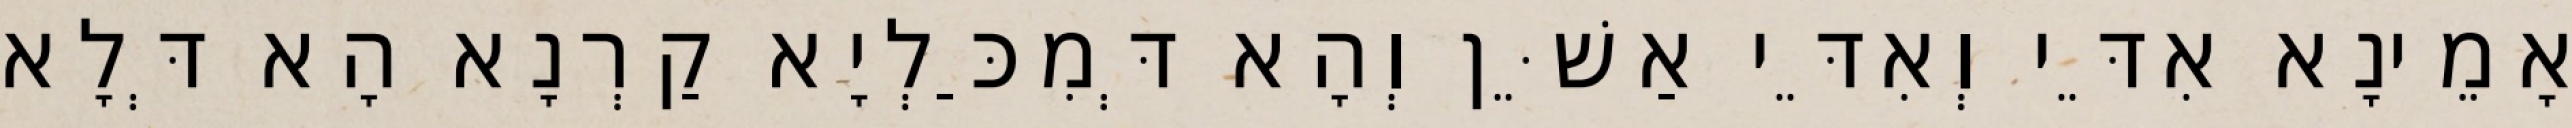
אָמֵינָא אִדֵּי וְאִדֵּי אַשֵּׁן וְהָא דְּמִכַּלְיָא קַרְנָא הָא דְּלָא